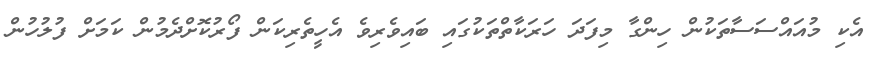
އެކި މުއައްސަސާތަކުން ހިންގާ މިފަދަ ހަރަކާތްތަކުގައި ބައިވެރިވެ އެހީތެރިކަން ފޯރުކޮށްދެމުން ކަމަށް ފުލުހުން